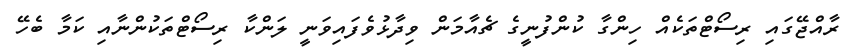
ރާއްޖޭގައި ރިސޯޓްތަކެއް ހިންގާ ކުންފުނީގެ ޗެއާމަން ވިދާޅުވެފައިވަނީ ލަންކާ ރިސޯޓްތަކުންނާއި ކަމާ ބެހޭ